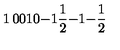
\begin{matrix} { 1 } & { 0 } & { 0 } \\ { 1 } & { 0 } & { - 1 } \\ { { \frac { 1 } { 2 } } } & { - 1 } & { - { \frac { 1 } { 2 } } } \\ \end{matrix}